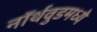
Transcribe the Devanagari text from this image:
नॉर्थवुडमध्ये